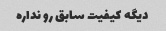
دیگه کیفیت سابق رو نداره